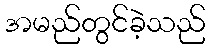
အမည်တွင်ခဲ့သည်